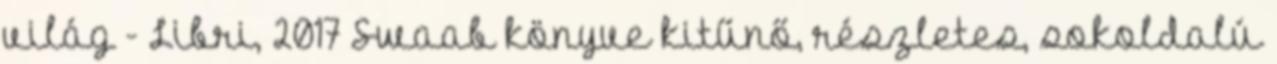
világ - Libri, 2017 Swaab könyve kitűnő, részletes, sokoldalú